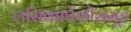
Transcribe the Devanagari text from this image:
लसिकापेशीसमूह